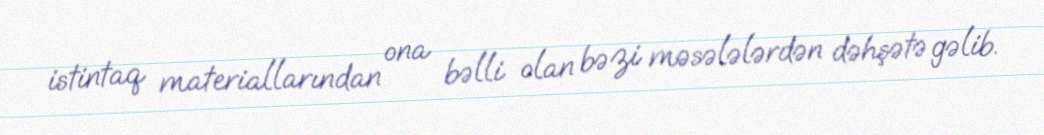
istintaq materiallarından ona bəlli olan bəzi məsələlərdən dəhşətə gəlib.